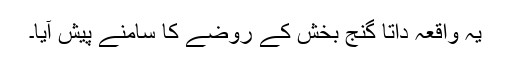
یہ واقعہ داتا گنج بخش کے روضے کا سامنے پیش آیا۔